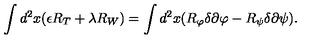
\int d ^ { 2 } x ( \epsilon R _ { T } + \lambda R _ { W } ) = \int d ^ { 2 } x ( R _ { \varphi } \delta \partial \varphi - R _ { \psi } \delta \partial \psi ) .